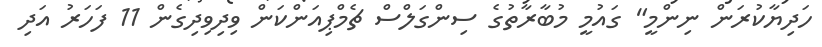
ހަދިޔާކުރަން ނިންމީ" ގައުމީ މުބާރާތުގެ ސިންގަލްސް ޗެމްޕިއަންކަން ވިދިވިދިގެން 11 ފަހަރު އަދި